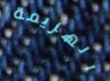
الهزيمة